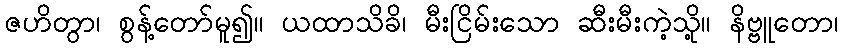
ဇဟိတွာ၊ စွန့်တော်မူ၍။ ယထာသိခိ၊ မီးငြိမ်းသော ဆီးမီးကဲ့သို့။ နိဗ္ဗူတော၊